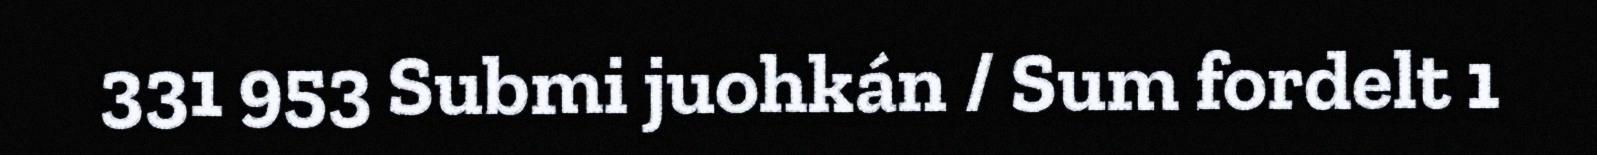
331 953 Submi juohkán / Sum fordelt 1